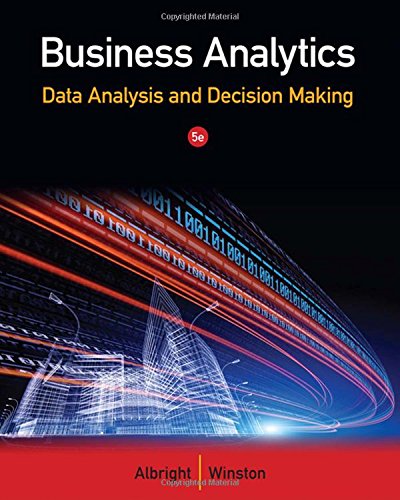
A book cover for Business Analytics: Data Analysis & Decision Making; S. Christian Albright; Business & Money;